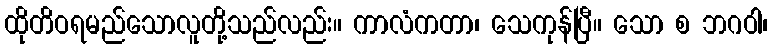
ထိုတိဝရမည်သောလူတို့သည်လည်း။ ကာလံကတာ၊ သေကုန်ပြီ။ သော စ ဘဂဝါ၊